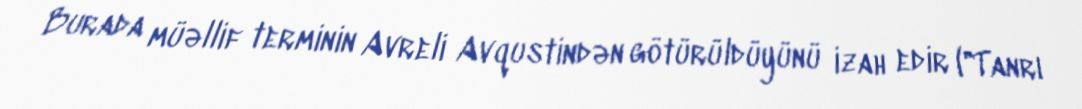
Burada müəllif terminin Avreli Avqustindən götürüldüyünü izah edir ("Tanrı